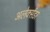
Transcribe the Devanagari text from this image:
अलेक्सेंडर